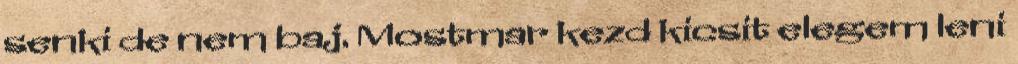
senki de nem baj. Mostmar kezd kicsit elegem leni